Calcutta medical institutions reports 1879-81 [i.e.91]
Year: 1879
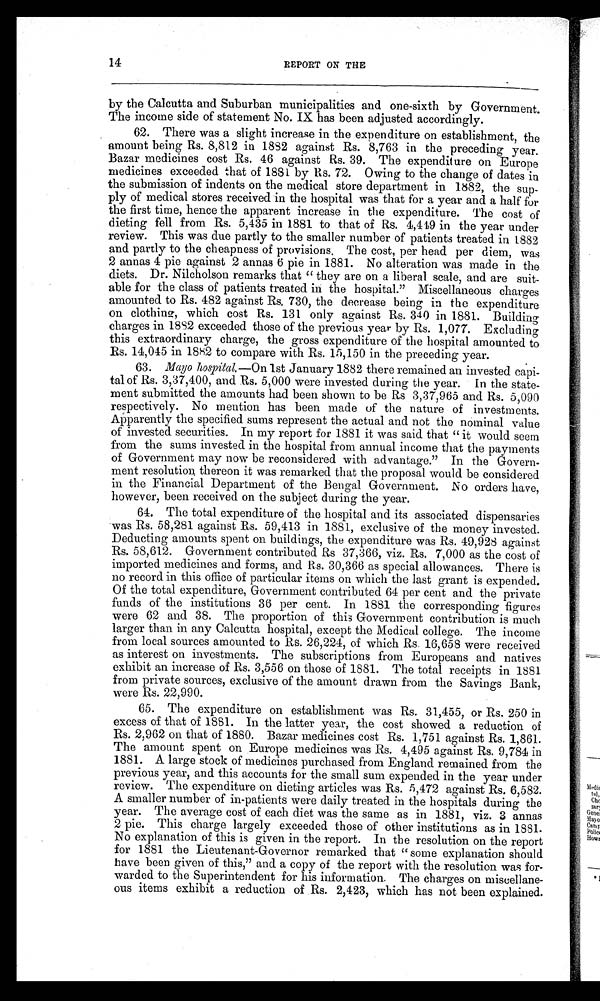
14
REPORT ON THE
by the Calcutta and Suburban municipalities and one-sixth by Government.
The income side of statement No. IX has been adjusted accordingly.
62. There was a slight increase in the expenditure on establishment, the
amount being Rs. 8,812 in 1882 against Rs. 8,763 in the preceding year.
Bazar medicines cost Rs. 46 against Rs. 39. The expenditure on Europe
medicines exceeded that of 1881 by Rs. 72. Owing to the change of dates in
the submission of indents on the medical store department in 1882, the sup-
ply of medical stores received in the hospital was that for a year and a half for
the first time, hence the apparent increase in the expenditure. The cost of
dieting fell from Rs. 5,435 in 1881 to that of Rs. 4,419 in the year under
review. This was due partly to the smaller number of patients treated in 1882
and partly to the cheapness of provisions. The cost, per head per diem, was
2 annas 4 pie against 2 annas 6 pie in 1881. No alteration was made in the
diets. Dr. Nilcholson remarks that “ they are on a liberal scale, and are suit-
able for the class of patients treated in the hospital.” Miscellaneous charges
amounted to Rs. 482 against Rs. 730, the decrease being in the expenditure
on clothing, which cost Rs. 131 only against Rs. 340 in 1881. Building
charges in 1882 exceeded those of the previous year by Rs. 1,077. Excluding
this extraordinary charge, the gross expenditure of the hospital amounted to
Rs. 14,045 in 1882 to compare with Rs. 15,150 in the preceding year.
63. Mayo hospital.—On 1st January 1882 there remained an invested capi--
tal of Rs. 3,37,400, and Rs. 5,000 were invested during the year. In the state--
ment submitted the amounts had been shown to be Rs 3,37,965 and Rs. 5,090
respectively. No mention has been made of the nature of investments.
Apparently the specified sums represent the actual and not the nominal value
of invested securities. In my report for 1881 it was said that “ it would seem
from the sums invested in the hospital from annual income that the payments
of Government may now be reconsidered with advantage.” In the Govern-
ment resolution thereon it was remarked that the proposal would be considered
in the Financial Department of the Bengal Government. No orders have,
however, been received on the subject during the year.
64. The total expenditure of the hospital and its associated dispensaries
was Rs. 58,281 against Rs. 59,413 in 1881, exclusive of the money invested.
Deducting amounts spent on buildings, the expenditure was Rs. 49,928 against
Rs. 58,612. Government contributed Rs 37,366, viz. Rs. 7,000 as the cost of
imported medicines and forms, and Rs. 30,366 as special allowances. There is
no record in this office of particular items on which the last grant is expended.
Of the total expenditure, Government contributed 64 per cent and the private
funds of the institutions 36 per cent. In 1881 the corresponding figures
were 62 and 38. The proportion of this Government contribution is much
larger than in any Calcutta hospital, except the Medical college. The income
from local sources amounted to Rs. 26,224, of which Rs. 16,658 were received
as interest on investments. The subscriptions from Europeans and natives
exhibit an increase of Rs. 3,556 on those of 1881. The total receipts in 1881
from private sources, exclusive of the amount drawn from the Savings Bank,
were Rs. 22,990.
65. The expenditure on establishment was Rs. 31,455, or Rs. 250 in
excess of that of 1881. In the latter year, the cost showed a reduction of
Rs. 2,962 on that of 1880. Bazar medicines cost Rs. 1,751 against Rs. 1,861.
The amount spent on Europe medicines was Rs. 4,495 against Rs. 9,784 in
1881. A large stock of medicines purchased from England remained from the
previous year, and this accounts for the small sum expended in the year under
review. The expenditure on dieting articles was Rs. 5,472 against Rs. 6,582.
A smaller number of in-patients were daily treated in the hospitals during the
year. The average cost of each diet was the same as in 1881, viz. 3 annas
2 pie. This charge largely exceeded those of other institutions as in 1881.
No explanation of this is given in the report. In the resolution on the report
for 1881 the Lieutenant-Governor remarked that “ some explanation should
have been given of this,” and a copy of the report with the resolution was for-
warded to the Superintendent for his information. The charges on miscellane-
ous items exhibit a reduction of Rs. 2,423, which has not been explained.